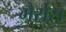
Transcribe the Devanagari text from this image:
गैर्रोस